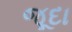
જૂદા